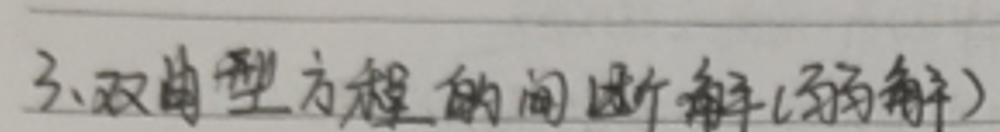
3、双曲型方程的间断解(弱解)